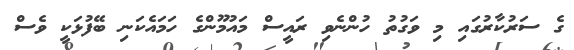
ގެ ސަރުކާރުގައި މި ވަގުތު ހުންނެވި ރައީސް މައުމޫންގެ ހަމައެކަނި ބޭފުޅަކީ ވެސް